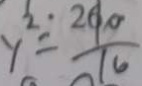
y ^ { 2 } = \frac { 2 6 0 } { 1 6 }